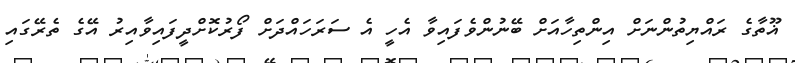
ޣޫތާގެ ރައްޔިތުންނަށް އިންތިހާއަށް ބޭނުންވެފައިވާ އެހީ އެ ސަރަހައްދަށް ފޯރުކޮށްދީފައިވާއިރު އޭގެ ތެރޭގައި